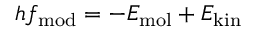
h f _ { \mathrm { m o d } } = - E _ { \mathrm { m o l } } + E _ { \mathrm { k i n } }